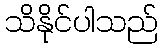
သိနိုင်ပါသည်